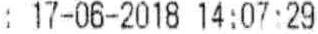
: 17-06-2018 14:07:29